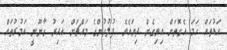
އަޑުތައް ހަމަ އެގޮތަށް އިވިގެން ދިޔައެވެ. ފުލުހުންގެ މައްޗަށް ޣައިރު ގާނޫނީ އަމުރުތައް